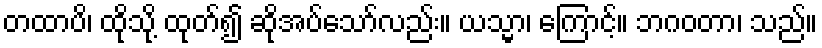
တထာပိ၊ ထိုသို့ ထုတ်၍ ဆိုအပ်သော်လည်း။ ယသ္မာ၊ ကြောင့်။ ဘဂဝတာ၊ သည်။